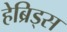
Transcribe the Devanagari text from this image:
हेब्रिड्स